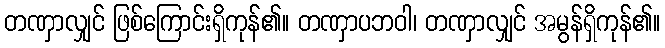
တဏှာလျှင် ဖြစ်ကြောင်းရှိကုန်၏။ တဏှာပဘဝါ၊ တဏှာလျှင် အမွန်ရှိကုန်၏။